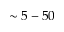
\sim 5 - 5 0